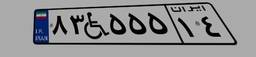
۶۳W۸۱۳۸۹